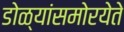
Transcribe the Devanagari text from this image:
डोळ्यांसमोरयेते